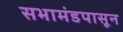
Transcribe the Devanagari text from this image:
सभामंडपासून